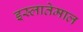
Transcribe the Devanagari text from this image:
इस्लातेमाल